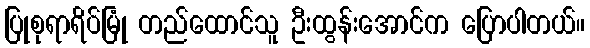
ပြုစုရာရိပ်မြုံ တည်ထောင်သူ ဦးထွန်းအောင်က ပြောပါတယ်။